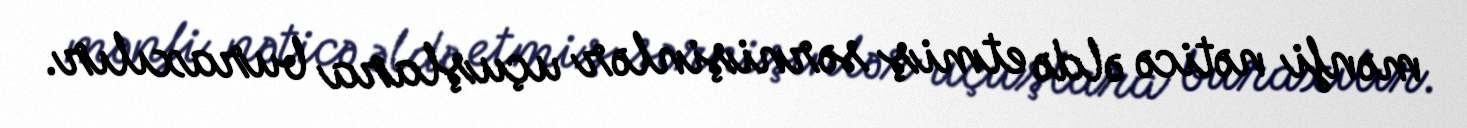
mənfi nəticə əldə etmiş sərnişinlər uçuşlara buraxılır.